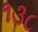
૧૩૮